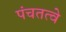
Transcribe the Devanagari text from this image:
पंचतत्वे